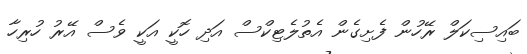
ބައިސިކަލް ރޭހުން ފެށިގެން އެތުލެޓިކްސް އަދި ހޮކީ އަކީ ވެސް އޭރު ހުރިހާ